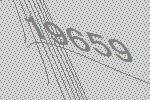
19659